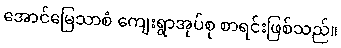
အောင်မြေသာစံ ကျေးရွာအုပ်စု စာရင်းဖြစ်သည်။